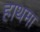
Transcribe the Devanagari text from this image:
हाथमा